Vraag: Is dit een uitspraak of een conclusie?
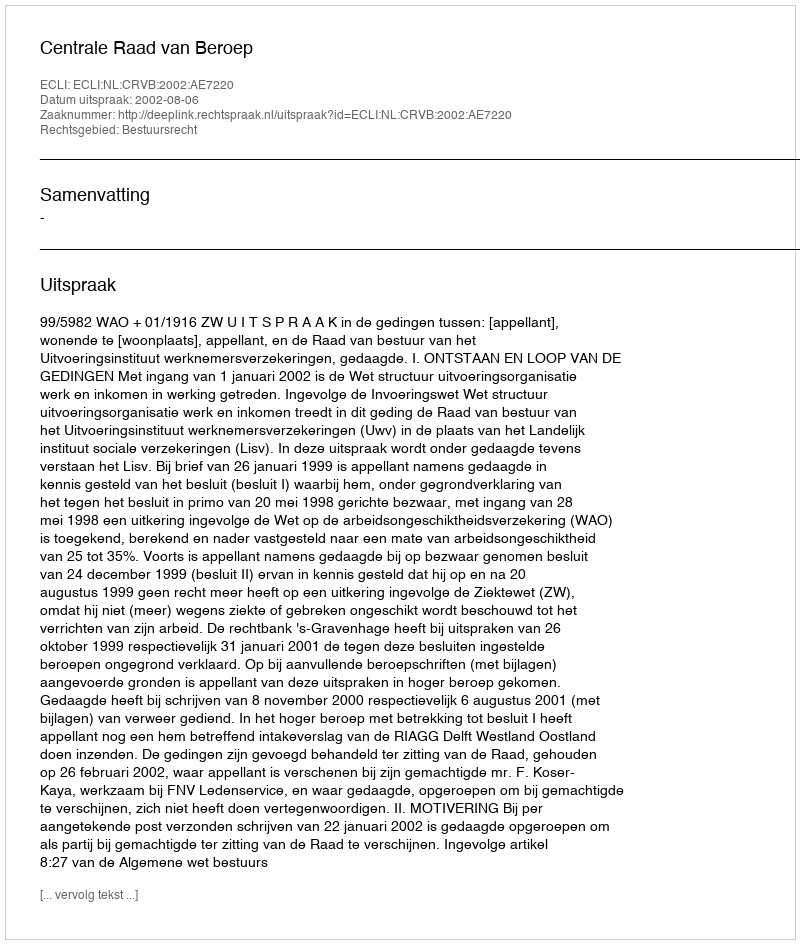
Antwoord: Uitspraak